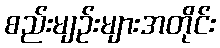
စည်းမျဉ်းများအတိုင်း